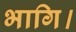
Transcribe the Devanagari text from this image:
भागि।